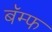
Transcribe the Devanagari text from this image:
बॅम्फ